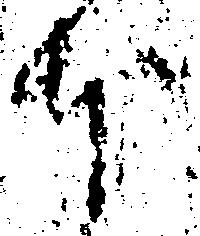
本